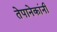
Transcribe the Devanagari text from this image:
तेपानेकांनी